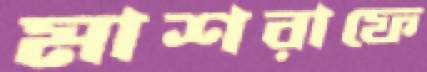
মাশরাফে